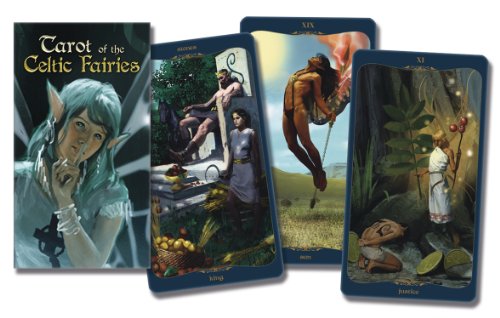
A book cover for Tarot of the Celtic Fairies Deck; Mark McElroy; Religion & Spirituality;